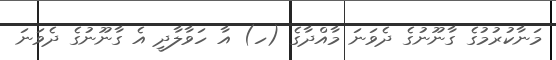
މަނާކުރުމުގެ ގާނޫނުގެ ދެވަނަ މާއްދާގެ (ހ) އާ ހަވާލާދީ އެ ގާނޫނުގެ ދެވަނަ